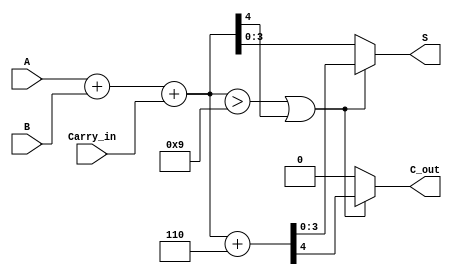
module BCD_Fast_Adder(
    input [3:0] A,          // BCD digit A
    input [3:0] B,          // BCD digit B
    input Carry_in,         // Carry input from previous addition
    output reg [3:0] S,     // BCD sum
    output reg C_out        // Carry output
);

    wire [4:0] Sum;         // 5-bit sum to hold A + B + Carry_in
    wire correction_needed;  // Flag to indicate if correction is necessary

    // Step 1: Perform binary addition of A, B, and Carry_in
    assign Sum = A + B + Carry_in;

    // Step 2: Check if correction is needed (if Sum > 9)
    assign correction_needed = (Sum > 9) || (Sum[4] == 1);

    // Step 3: Determine the final BCD output and carry out
    always @(*) begin
        if (correction_needed) begin
            // Correct the sum by adding 6 (0110)
            {C_out, S} = Sum + 5'b00110; // Corrected sum and carry
        end else begin
            C_out = 0; // No carry out if no correction needed
            S = Sum[3:0]; // Take the lower 4 bits as final sum
        end
    end

endmodule